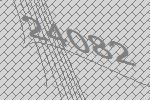
24082